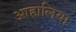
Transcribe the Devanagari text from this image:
आहालिया